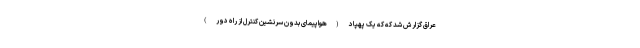
عراق گزارش شد که که یک پهپاد (هواپیمای بدون سرنشین کنترل از راه دور)